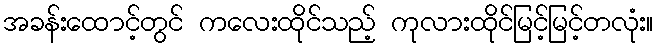
အခန်းထောင့်တွင် ကလေးထိုင်သည့် ကုလားထိုင်မြင့်မြင့်တလုံး။